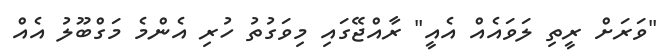
"ވަރަށް ރީތި ލަވައެއް އެއީ" ރާއްޖޭގައި މިވަގުތު ހުރި އެންމެ މަގްބޫލު އެއް